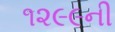
૧૨૯૯ની